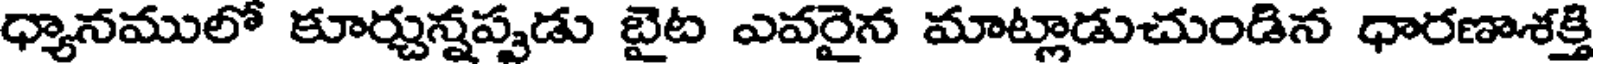
ధ్యానములో కూర్చున్నప్పుడు బైట ఎవరైన మాట్లాడుచుండిన ధారణాశక్తి